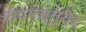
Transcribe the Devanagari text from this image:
रुपमेचतुर्वेद